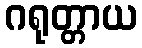
ဂရုတ္တာယ